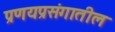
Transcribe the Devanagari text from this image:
प्रणयप्रसंगातील